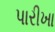
પારીખા